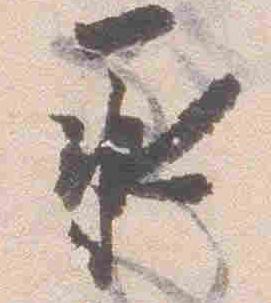
承